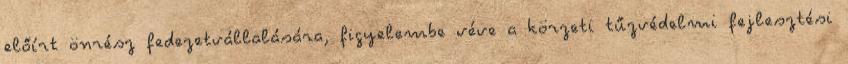
előírt önrész fedezetvállalására, figyelembe véve a körzeti tűzvédelmi fejlesztési